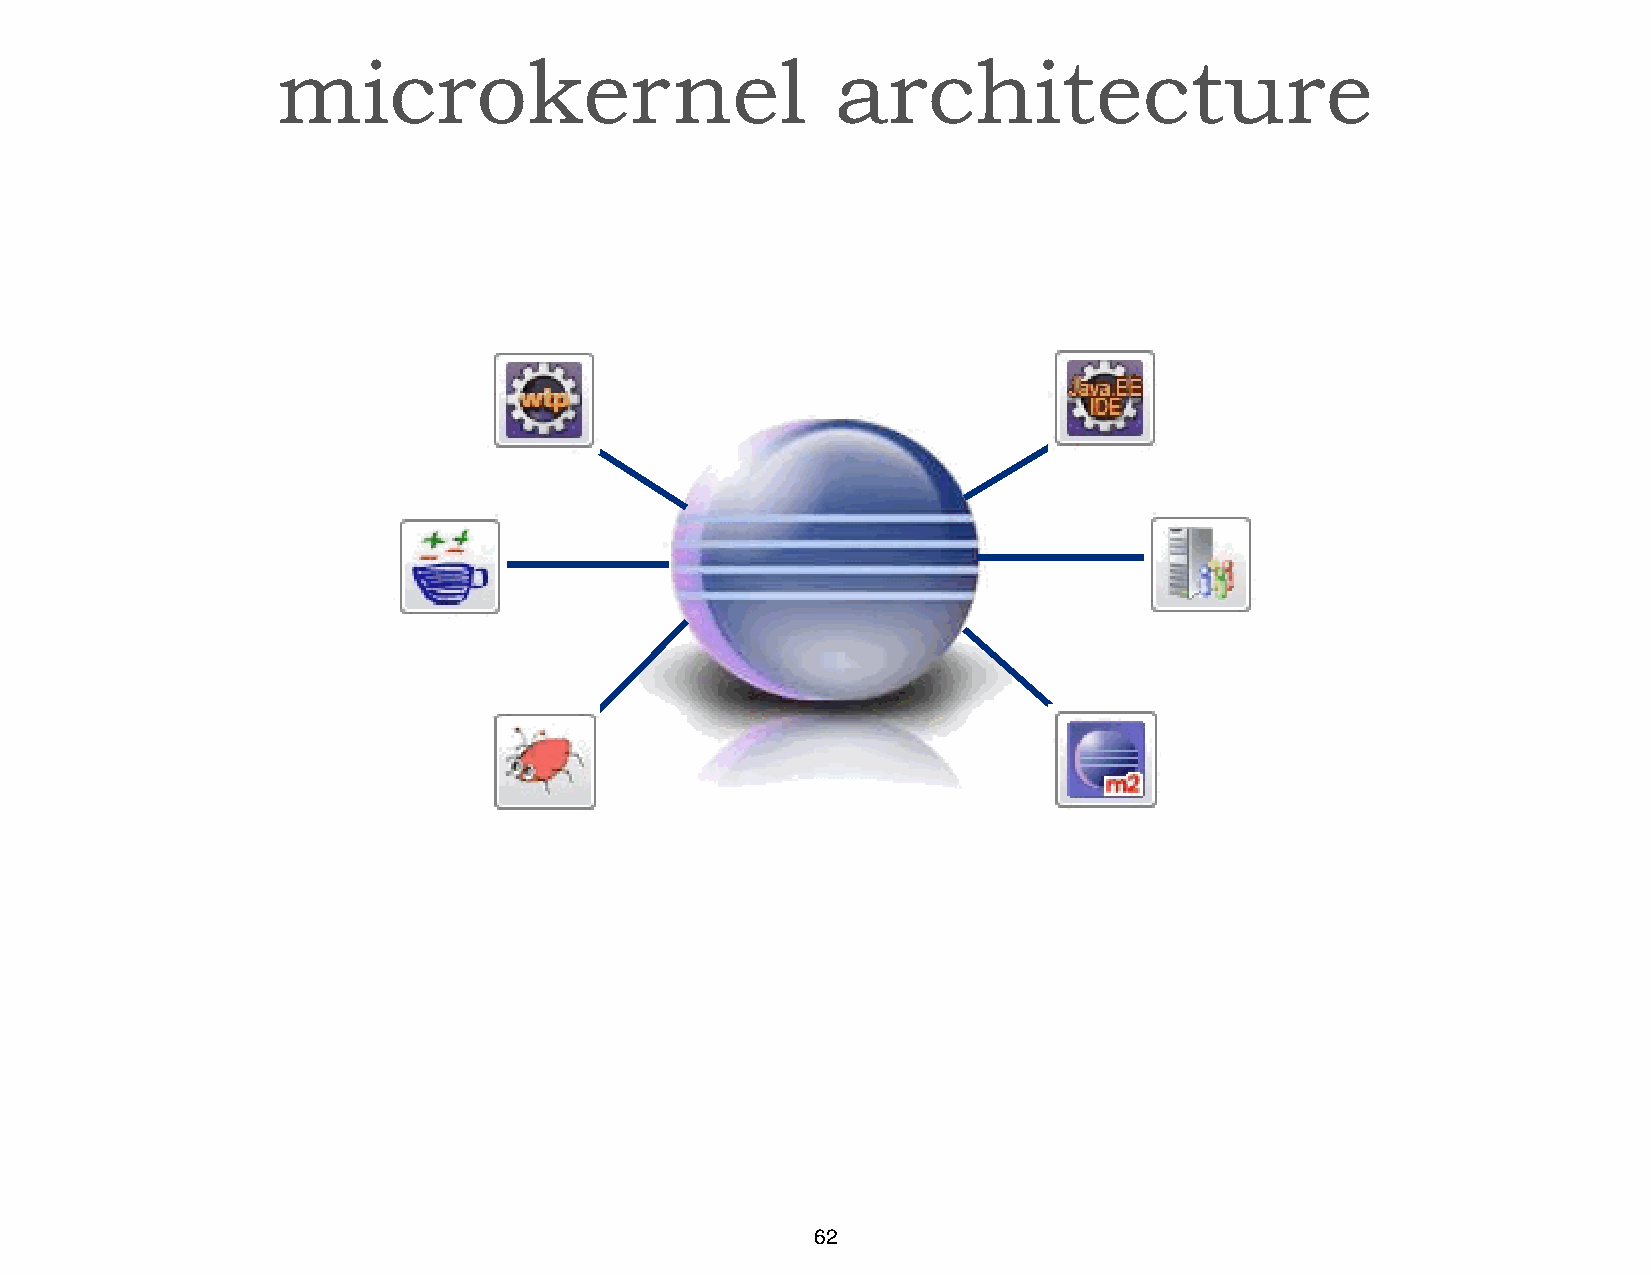
microkernel                          architecture
 62